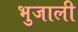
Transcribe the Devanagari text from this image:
भुजाली